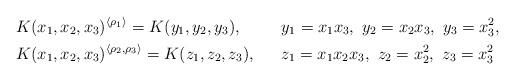
LaTeX: \begin{align*} &K(x_1,x_2,x_3)^{\langle \rho_1 \rangle}=K(y_1,y_2,y_3), & &y_1=x_1x_3, \ y_2=x_2x_3, \ y_3=x_3^2, \\ &K(x_1,x_2,x_3)^{\langle \rho_2, \rho_3 \rangle}=K(z_1,z_2,z_3), & &z_1=x_1x_2x_3, \ z_2=x_2^2, \ z_3=x_3^2 \end{align*}